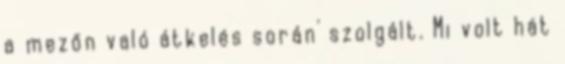
a mezőn való átkelés során' szolgált. Mi volt hát